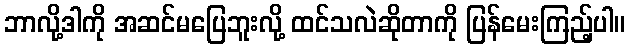
ဘာလို့ဒါကို အဆင်မပြေဘူးလို့ ထင်သလဲဆိုတာကို ပြန်မေးကြည့်ပါ။